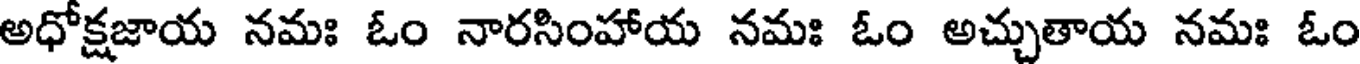
అధోక్షజాయ నమః ఓం నారసింహాయ నమః ఓం అచ్చుతాయ నమః ఓం